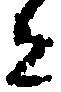
者